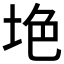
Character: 𱖥